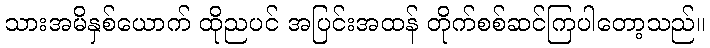
သားအမိနှစ်ယောက် ထိုညပင် အပြင်းအထန် တိုက်စစ်ဆင်ကြပါတော့သည်။